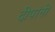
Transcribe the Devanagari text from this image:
दीपांनी